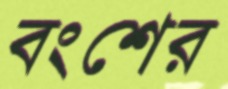
বংশের